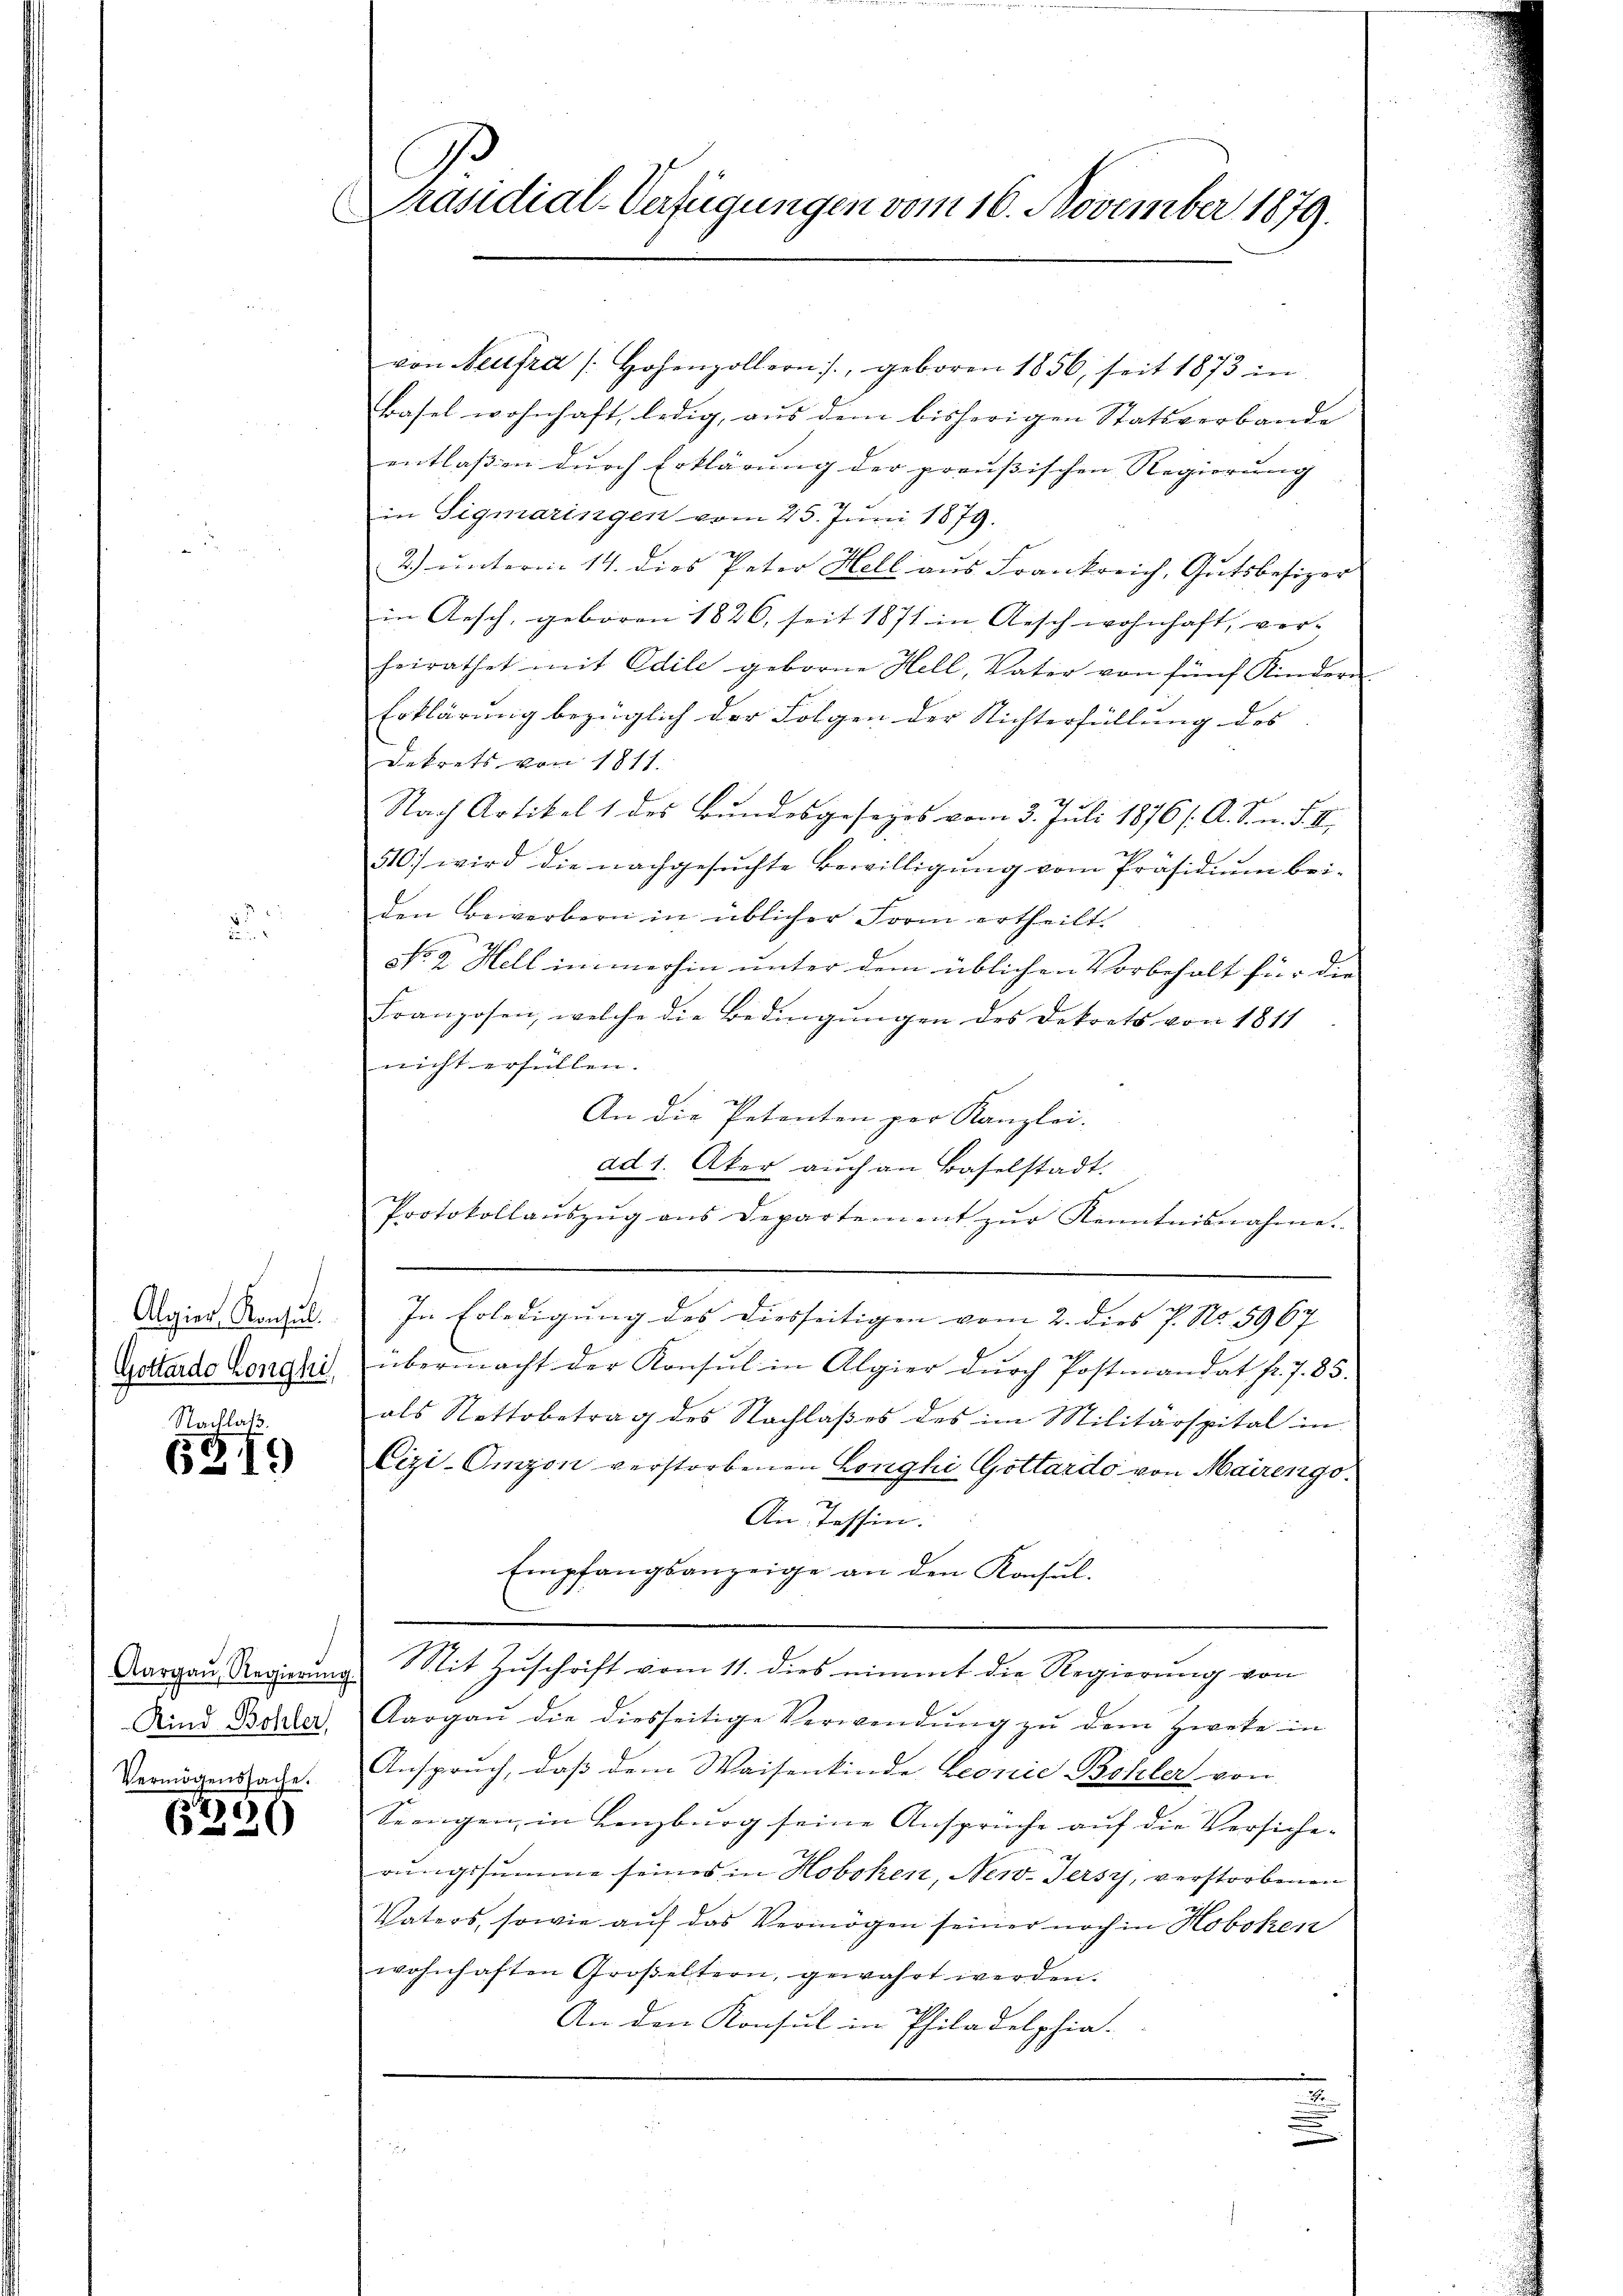
.

Algier Konsul.
Gottardo Longhi,

Nachlaß.
6319

Kind Bohler,
Vermögenssache.

506)
6

Präsidial-Verfügungen vom 16. November 1879.

von Neufra (Hohenzollern, geboren 1856 seit 1873 in
Basel wohnhaft, ledig, aus dem bisherigen Statsverbande
entlassen durch Erklärung der preußischen Regierung
in Sigmaringen vom 25. Juni 1879.

2.) unterm 14. dies Peter Kell aus Frankreich, Gutsbesizer
in Aesch, geboren 1826, seit 1871 in Aesch wohnhaft, ver-
heirathet mit Edile geborne Hell, Vater von fünf Kindern.
Erklärung bezüglich der Folgen der Nichterfüllung des
Dekrets von 1811.
Nach Artikel 1 des Bundesgesezes vom 3. Juli 1876 /: A. S. n. F. II
510) wird die nachgesŭchte Bewilligŭng vom Präsidiŭm bei-
den Bewerbern in üblicher Form ertheilt.
No. 2. Hell immerhin unter dem üblichen Vorbehalt für die
Franzosen, welche die Bedingŭngen des Dekrets von 1811
nicht erfüllen.
An die Petenten per Kanzlei.
ad 1. Aker auch an Baselstadt.
Protokollaŭszŭg ans Departement zŭr Kenntnisnahme.
In Erledigung des Diesseitigen vom 2. dies P. No. 5967. |
übermacht der Konsul in Algier dŭrch Postmandat fr. 7. 85.
als Nettobetrag des Nachlaßes des im Militärspital in
Cizi-Omzon verstorbenen Longhi Gottardo von Mairingo¬
An Tessin.
Empfangsanzeige an den Konsul-
Aargau, Regierung. Mit Zuschrift vom 11. dies nimmt die Regierung von
Aargaŭ die diesseitige Verwendŭng zŭ dem Zwete in
Anspruch, daß dem Waisenkinde Leonie Bohler von
Seengen in Lenzburg seine Ansprüche auf die Versiche-
rungssumme seines in Hoboken, New-Jersy, verstorbenen
Vaters, sowie auf das Vermögen seiner noch in Hoboken
wohnhaften Großeltern, gewahrt werden.
An den Konsul in Philadelphia.